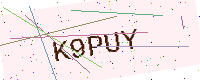
Text: K9PUY